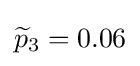
{\widetilde {p}}_{3}=0.06